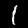
Digit: 1